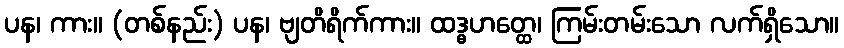
ပန၊ ကား။ (တစ်နည်း) ပန၊ ဗျတိရိက်ကား။ ထဒ္ဓဟတ္ထေ၊ ကြမ်းတမ်းသော လက်ရှိသော။